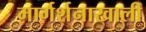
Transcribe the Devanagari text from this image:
मार्गर्शनाखाली